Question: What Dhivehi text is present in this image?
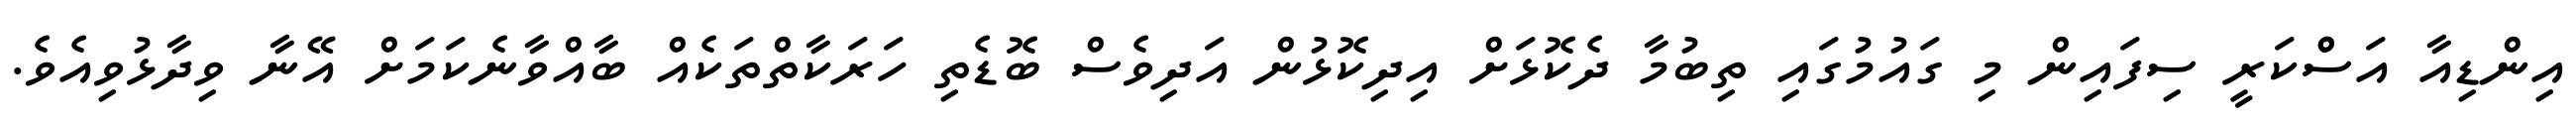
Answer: އިންޑިއާ އަސްްކަރީ ސިފައިން މި ގައުމުގައި ތިބުމާ ދެކޮޅަށް އިދިކޮޅުން އަދިވެސް ބޮޑެތި ހަރަކާތްތަކެއް ބާއްވާނެކަމަށް އޭނާ ވިދާޅުވިއެވެ.